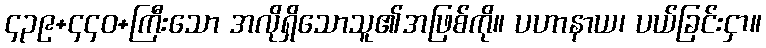
၄၃၉+၄၄၀+ကြီးသော အလိုရှိသောသူ၏အဖြစ်ကို။ ပဟာနာယ၊ ပယ်ခြင်းငှာ။